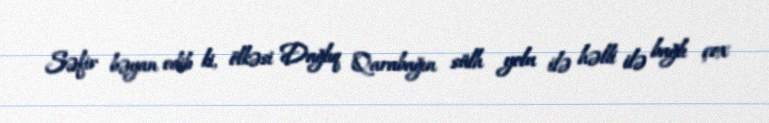
Səfir bəyan edib ki, ölkəsi Dağlıq Qarabağın sülh yolu ilə həlli ilə bağlı çox